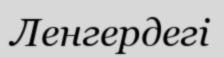
Ленгердегі